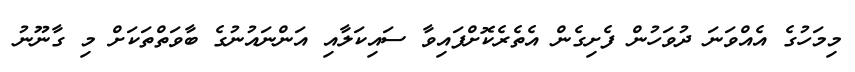
މިމަހުގެ އެއްވަނަ ދުވަހުން ފެށިގެން އެތެރެކޮށްފައިވާ ސައިކަލާއި އަންނައުނުގެ ބާވަތްތަކަށް މި ގާނޫނު